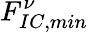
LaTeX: F_{IC,min}^{\nu}